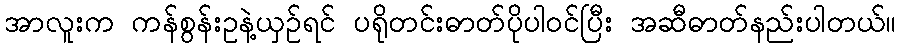
အာလူးက ကန်စွန်းဥနဲ့ယှဉ်ရင် ပရိုတင်းဓာတ်ပိုပါဝင်ပြီး အဆီဓာတ်နည်းပါတယ်။